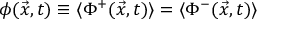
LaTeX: \phi ( \vec { x } , t ) \equiv \langle \Phi ^ { + } ( \vec { x } , t ) \rangle = \langle \Phi ^ { - } ( \vec { x } , t ) \rangle